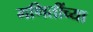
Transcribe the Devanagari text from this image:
गणितींच्या